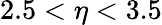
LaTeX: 2.5<\eta<3.5